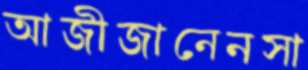
আজীজানেনসা